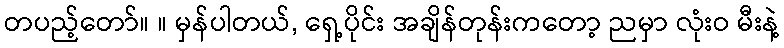
တပည့်တော်။ ။ မှန်ပါတယ်, ရှေ့ပိုင်း အချိန်တုန်းကတော့ ညမှာ လုံးဝ မီးနဲ့